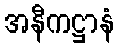
အနီကဋ္ဌာနံ